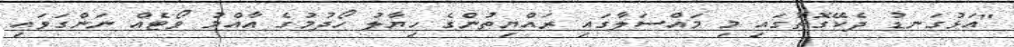
"އަޅުގަނޑު ދެކޭގޮތުގައި މި މައްސަލާގައި ރައްޔިތުންގެ ހިޔާލު ހޯދުމުގެ އާއްމު ވޯޓެއް ނަންގަވައި